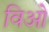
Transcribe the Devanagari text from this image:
विओ